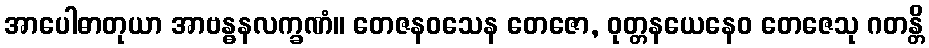
အာပေါဓာတုယာ အာဗန္ဓနလက္ခဏံ။ တေဇနဝသေန တေဇော, ဝုတ္တနယေနေဝ တေဇေသု ဂတန္တိ